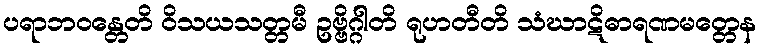
ပရာဘဝန္တေတိ ဝိသယသတ္တမီ ဥဗ္ဗိဂ္ဂါတိ ရုဟတီတိ သံဃာဋိဓာရဏမတ္တေန